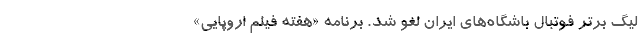
لیگ برتر فوتبال باشگاه‌های ایران لغو شد. برنامه «هفته فیلم اروپایی»